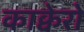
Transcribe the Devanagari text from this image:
काक्वेरो